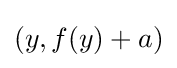
(y,f(y)+a)